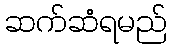
ဆက်ဆံရမည်